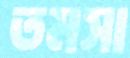
তমসা